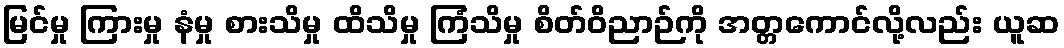
မြင်မှု ကြားမှု နံမှု စားသိမှု ထိသိမှု ကြံသိမှု စိတ်ဝိညာဉ်ကို အတ္တကောင်လို့လည်း ယူဆ